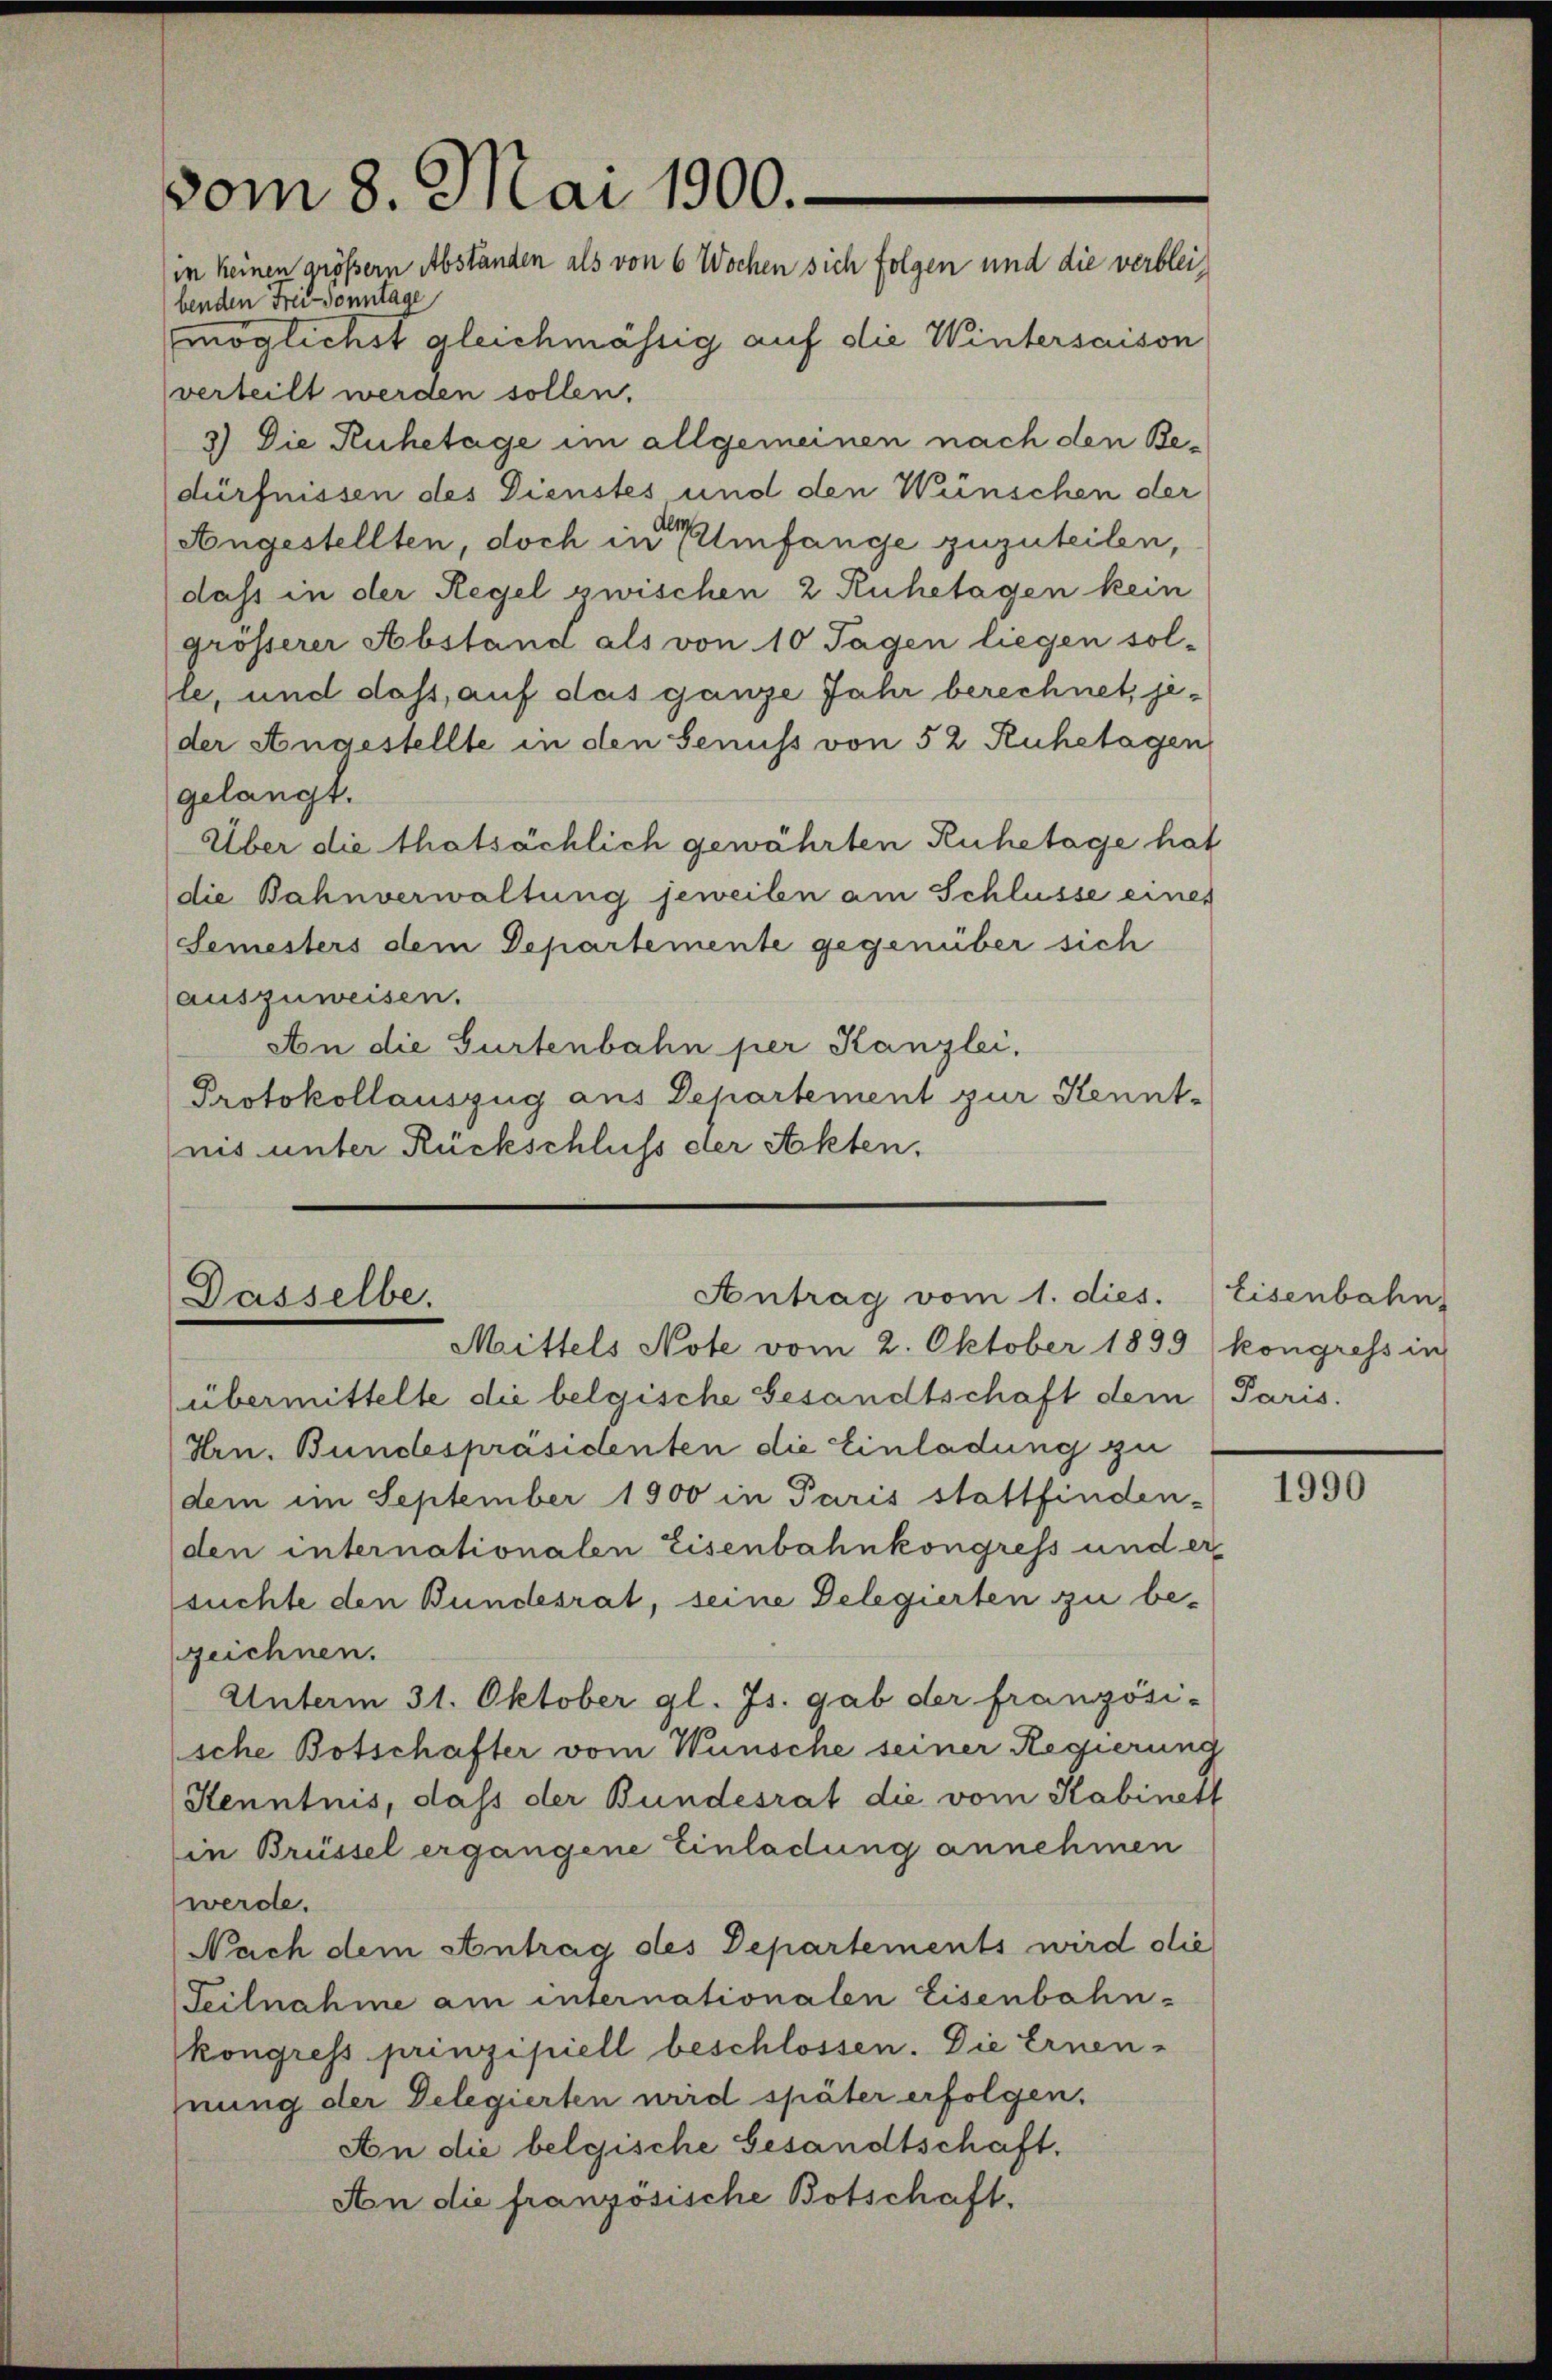
vom 8. Mai 1900.
in keinen größern Abständen als von 6 Wochen sich folgen und die verbleibenden Frei Sonntage
möglichst gleichmässig auf die Wintersaison

verteilt werden sollen.
3) Die Ruhetage im allgemeinen nach den Bedürfnissen des Dienstes und den Wünschen der
Angestellten, doch in der Umfange zuzuteilen,
dass in der Regel zwischen 2 Ruhetagen kein
grösserer Abstand als von 10 Tagen liegen sol-
le, und dass, auf das ganze Jahr berechnet, jeder Angestellte in den Genuss von 52 Ruhetagen
gelangt.
Über die thatsächlich gewährten Ruhetage hat
die Bahnverwaltung jeweilen am Schlüsse eines
Semesters dem Departemente gegenüber sich
auszuweisen.
An die Gurtenbahn per Kanzlei,
Protokollauszug aus Departement zur Kennt-
nis unter Rückschluß der Akten,

Antrag vom 1. dies. Eisenbahn
Dasselbe.
Mittels Note vom 2. Oktober 1899) kongress in

übermittelte die belgische Gesandtschaft dem Paris.
Hrn. Bundespräsidenten die Einladung zu
dem im September 1900 in Paris stattfinden-
den internationalen Eisenbahnkongress und er
suchte den Bundesrat, seine Delegierten zu bezeichnen.
Unterm 31. Oktober gl. Js. gab der französi-
sche Botschafter vom Wünsche seiner Regierung
Kenntnis, dass der Bundesrat die vom Kabinett
in Brüssel ergangene Einladung annehmen
werde.
Nach dem Antrag des Departements wird die
Teilnahme am internationalen Eisenbahn-
kongress prinzipiell beschlossen. Die Ernen-
hnung der Delegierten wird später erfolgen.
An die belgische Gesandtschaft.
An die französische Botschaft.

1990